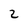
Character: 2